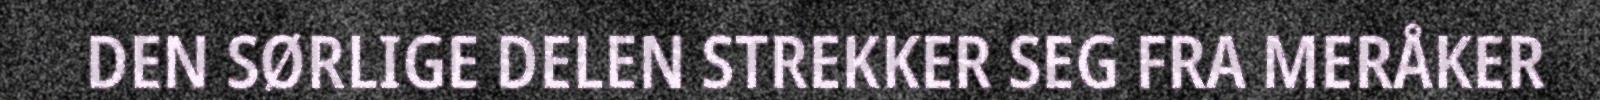
DEN SØRLIGE DELEN STREKKER SEG FRA MERÅKER